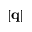
| \mathbf q |